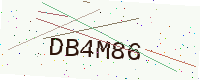
Text: DB4M86